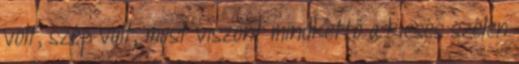
volt, szép volt, most viszont mindkettő a kiesés szélén